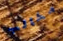
مخالب